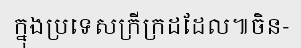
ក្នុងប្រទេសក្រីក្រដដែល៕ចិន-